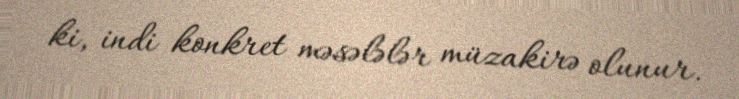
ki, indi konkret məsələlər müzakirə olunur.